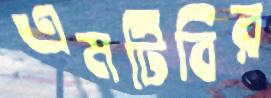
এমটিবির